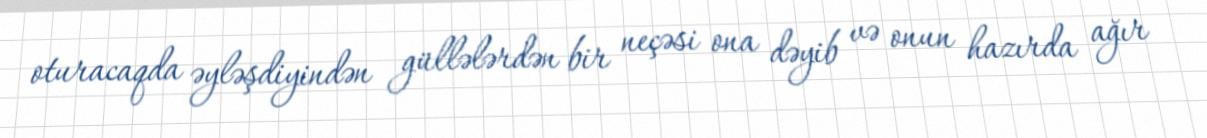
oturacaqda əyləşdiyindən güllələrdən bir neçəsi ona dəyib və onun hazırda ağır